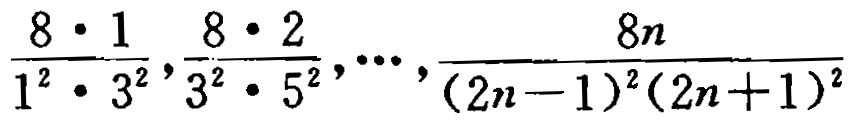
$\frac{8\cdot 1}{1^{2}\cdot 3^{2}},\frac{8\cdot 2}{3^{2}\cdot 5^{2}},\cdots,\frac{8n}{(2n - 1)^{2}(2n + 1)^{2}}$